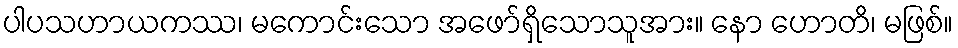
ပါပသဟာယကဿ၊ မကောင်းသော အဖော်ရှိသောသူအား။ နော ဟောတိ၊ မဖြစ်။